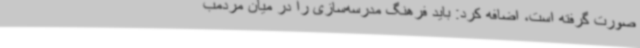
صورت گرفته است، اضافه کرد: باید فرهنگ مدرسه‌سازی را در میان مردمب